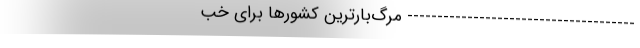
-------------------------------------- مرگ‌بارترین کشورها برای خب